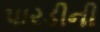
પારડીની